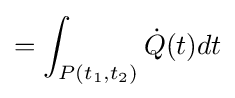
=\int _{P(t_{1},t_{2})}{\dot {Q}}(t)dt